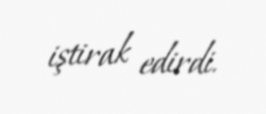
iştirak edirdi.